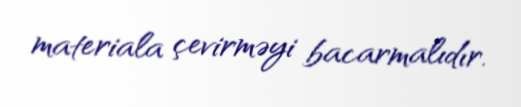
materiala çevirməyi bacarmalıdır.